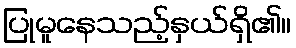
ပြုမူနေသည့်နှယ်ရှိ၏။